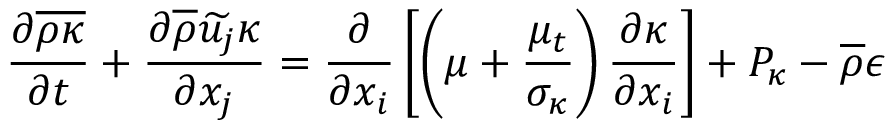
\frac { \partial \overline { { \rho \kappa } } } { \partial t } + \frac { \partial \overline { { \rho } } \widetilde { u _ { j } } \kappa } { \partial x _ { j } } = \frac { \partial } { \partial x _ { i } } \left[ \left( \mu + \frac { \mu _ { t } } { \sigma _ { \kappa } } \right) \frac { \partial \kappa } { \partial x _ { i } } \right] + P _ { \kappa } - \overline { { \rho } } \epsilon